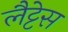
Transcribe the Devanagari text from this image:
लैट्टेस